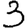
Digit: 3